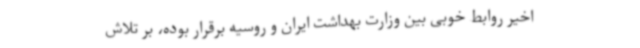
اخیر روابط خوبی بین وزارت بهداشت ایران و روسیه برقرار بوده، بر تلاش